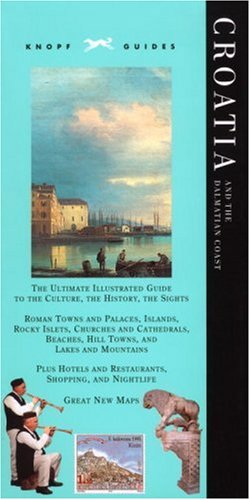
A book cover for Knopf Guide: Croatia and the Dalmatian Coast (Knopf Guides); Knopf Guides; Travel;